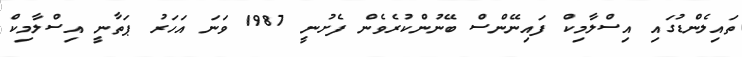
ތައިލެންޑުގައި އިސްލާމިކް ފައިނޭންސް ބޭނުންކުރެވެން ފެށުނީ 1987 ވަނަ އަހަރު ޕަތާނީ އިސްލާމިކް